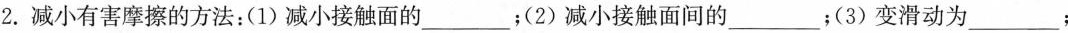
2.减小有害摩擦的方法：(1)减小接触面的___；(2)减小接触面间的___；(3)变滑动为___；